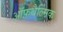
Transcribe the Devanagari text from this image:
ऑफ़थैल्मिक